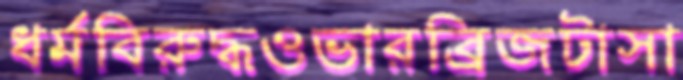
ধর্মবিরুদ্ধওভারব্রিজটাসা